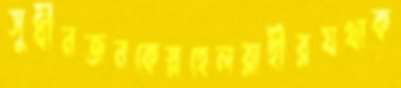
সুধীনজনকেস্লহেলরাহীরযথাক